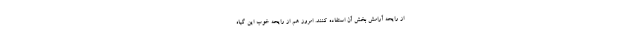
از رایحه آرامش بخش آن استفاده کنند. امروز هم از رایحه خوب این گیاه